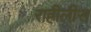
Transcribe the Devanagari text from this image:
राहीलीस